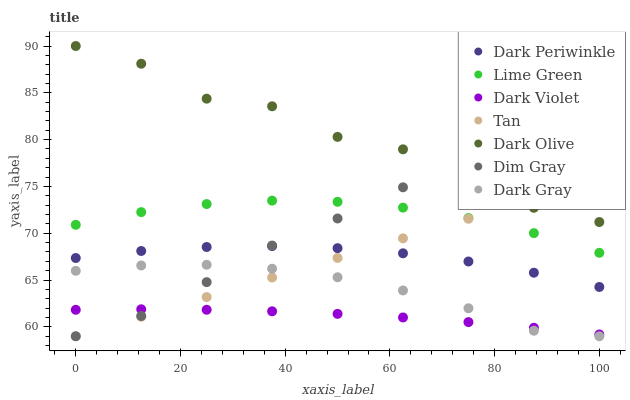
| xaxis_label | Dark Periwinkle | Lime Green | Dark Violet | Tan | Dark Olive | Dim Gray | Dark Gray |
 | --- | --- | --- | --- | --- | --- | --- | --- |
 | 0 | 67.4 | 70.9 | 61.8 | 59 | 90 | 59 | 66 |
 | 12.5 | 68.1 | 72.3 | 61.9 | 61.1 | 88.1 | 61.2 | 66.6 |
 | 25 | 68.5 | 73.1 | 61.8 | 63.2 | 84.4 | 64.8 | 66.6 |
 | 37.5 | 68.6 | 73.5 | 61.7 | 65.3 | 83.6 | 68.7 | 66.2 |
 | 50 | 68.4 | 73.4 | 61.4 | 67.4 | 80.3 | 71.6 | 65.3 |
 | 62.5 | 67.9 | 72.7 | 61 | 69.5 | 79 | 74.9 | 63.9 |
 | 75 | 67 | 71.6 | 60.5 | 71.5 | 74.1 | 78.6 | 62 |
 | 87.5 | 65.8 | 70 | 59.9 | 73.6 | 72.7 | 83.9 | 59.6 |
 | 100 | 64.3 | 67.9 | 59.2 | 75.7 | 71.2 | 86.9 | 59 |